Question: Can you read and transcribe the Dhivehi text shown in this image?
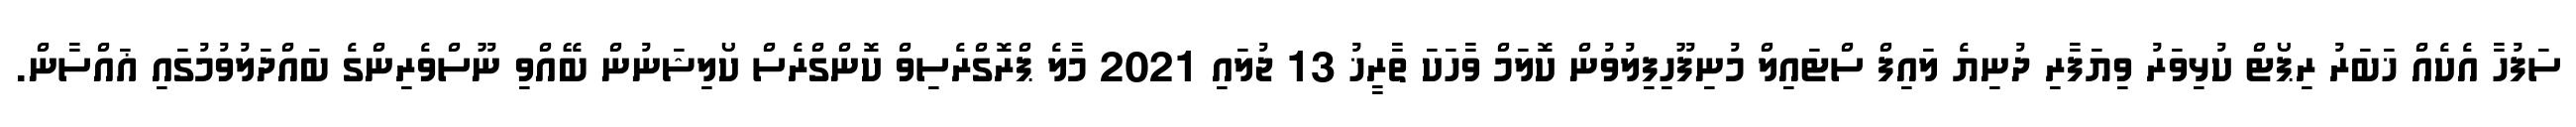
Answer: ސަފުހާ އެކެއް ޚަބަރު ރިޕޯޓް ކުޅިވަރު ވިޔަފާރި ދުނިޔެ ލައިފް ސްޓައިލް މުނިފޫހިފިލުވުން ކޮލަމް ވާހަކަ ތާރީޚު 13 ޖުލައި 2021 މާލެ ޕްރޮގްރެސިވް ކޮންގްރެސް ކޯލިޝަނުން ބޭއްވި ނޫސްވެރިންގެ ބައްދަލުވުމުގައި ޣައްސާން.